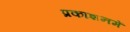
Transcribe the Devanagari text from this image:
प्रकाशनमें